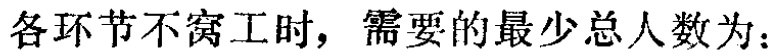
各环节不窝工时，需要的最少总人数为：